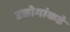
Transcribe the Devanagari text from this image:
उद्योगांकडे